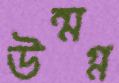
উন্মগ্ন